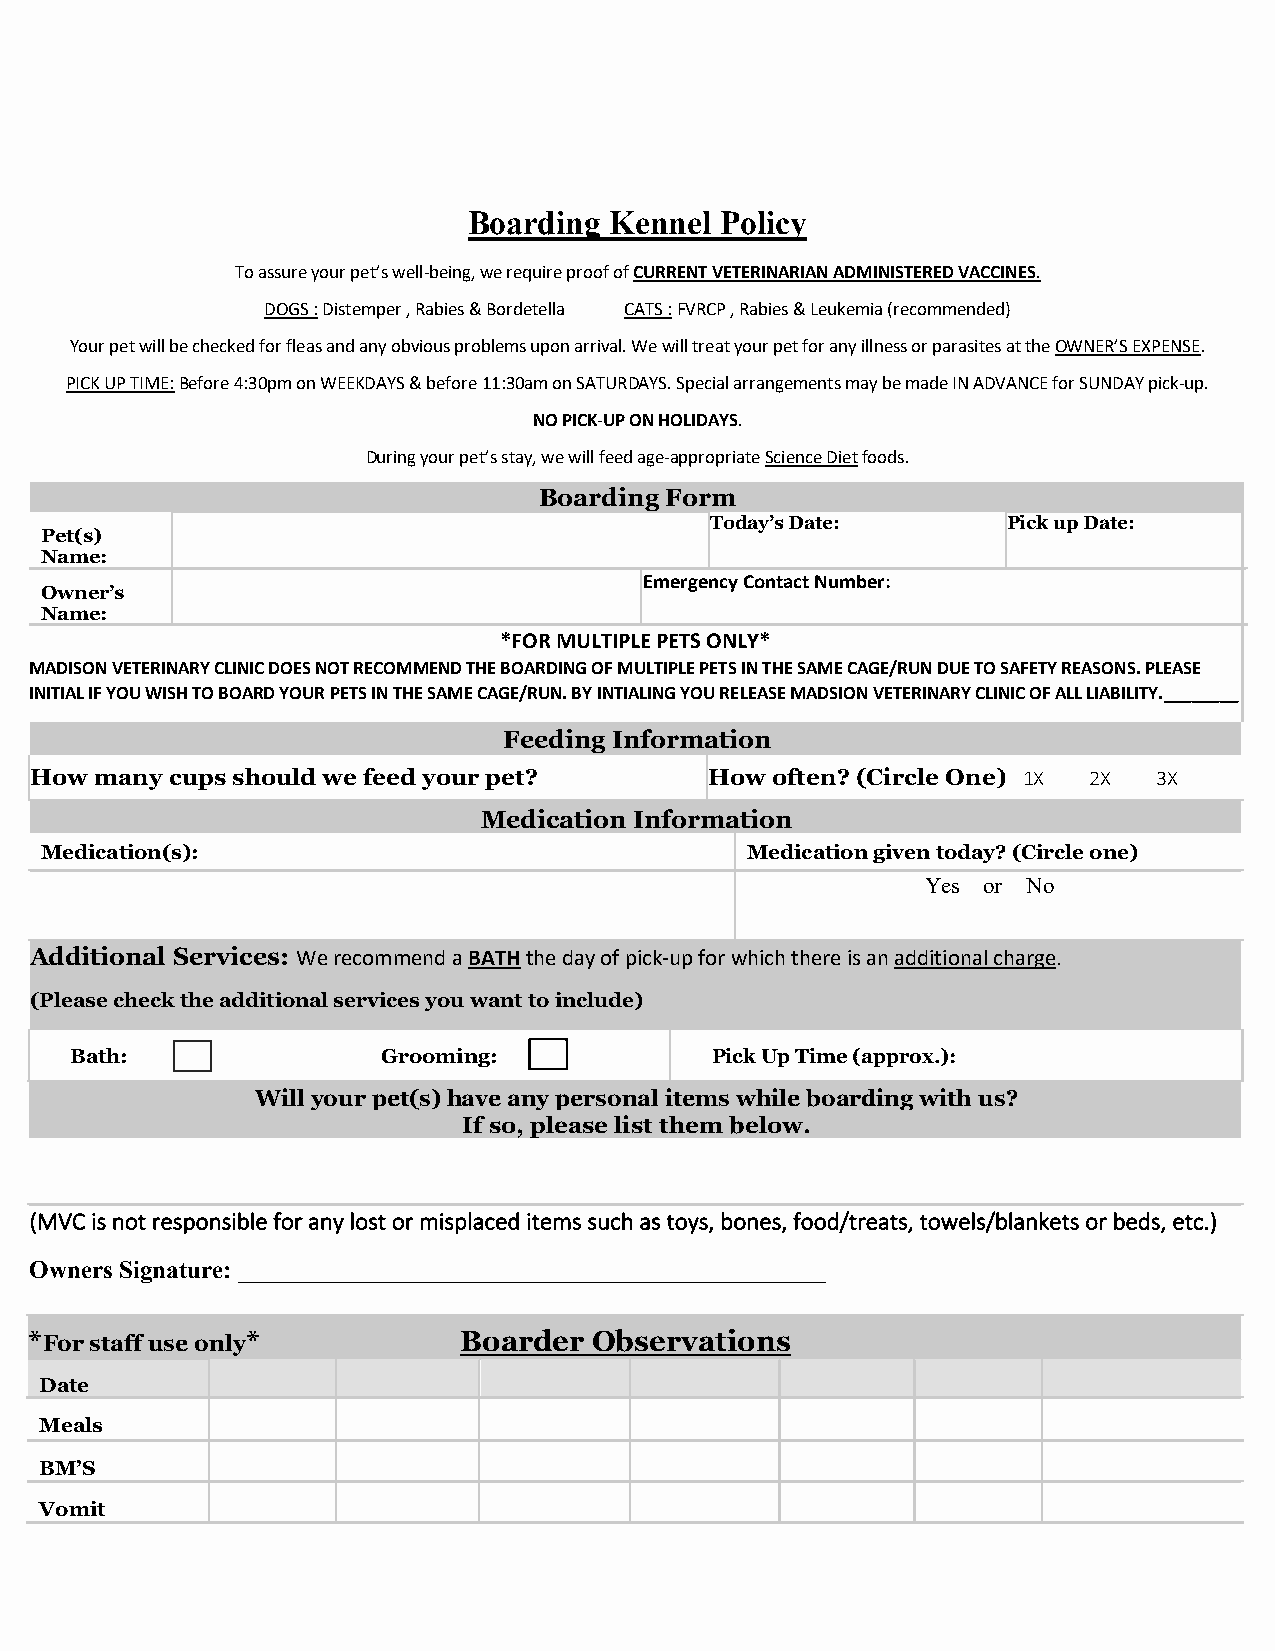
Boarding Kennel  Policy
 To assure your pet’s well-being, we require proof of CURRENT VETERINARIAN ADMINISTERED VACCINES.
 DOGS : Distemper , Rabies & Bordetella CATS : FVRCP , Rabies & Leukemia (recommended)
 Your pet will be checked for fleas and any obvious problems upon arrival. We will treat your pet for any illness or parasites at the OWNER’S EXPENSE.
 PICK UP TIME: Before 4:30pm on WEEKDAYS & before 11:30am on SATURDAYS. Special arrangements may be made IN ADVANCE for SUNDAY pick-up.
 NO PICK-UP ON HOLIDAYS.
 During your pet’s stay, we will feed age-appropriate Science Diet foods.
 Boarding Form
 Today’s Date:       Pick up Date:
 Pet(s)
 Name:
 Emergency Contact Number:
 Owner’s
 Name:
 *FOR MULTIPLE PETS ONLY*
 MADISON VETERINARY CLINIC DOES NOT RECOMMEND THE BOARDING OF MULTIPLE PETS IN THE SAME CAGE/RUN DUE TO SAFETY REASONS. PLEASE
 INITIAL IF YOU WISH TO BOARD YOUR PETS IN THE SAME CAGE/RUN. BY INTIALING YOU RELEASE MADSION VETERINARY CLINIC OF ALL LIABILITY.________
 Feeding Information
 How many cups should we feed your pet?       How often? (Circle One) 1X 2X 3X
 Medication Information
 Medication(s):                                Medication given today? (Circle one)
 Yes or No
 Additional Services: We recommend a BATH the day of pick-up for which there is an additional charge.
 (Please check the additional services you want to include)
 Bath:               Grooming:             P i c k U p T ime (approx.):
 Will your pet(s) have any personal items while boarding with us?
 If so, please list them below.
 (MVC is not responsible for any lost or misplaced items such as toys, bones, food/treats, towels/blankets or beds, etc.)
 Owners Signature: _______________________________________________
 *For staff use only*        Boarder  Observations
 Date
 Meals
 BM’S
 Vomit